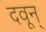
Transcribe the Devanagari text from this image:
दवून्